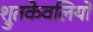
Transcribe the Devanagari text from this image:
श्रुतकेवलियों